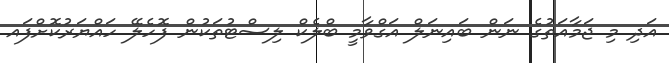
އަދި މި ޖަމާއަތުގެ ނަން ބައިނަލް އަގްވާމީ ބްލެކް ލިސްޓުތަކުން ފޮހެލޭ ހައްޔަރުކޮށްފައ